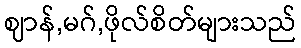
ဈာန်,မဂ်,ဖိုလ်စိတ်များသည်